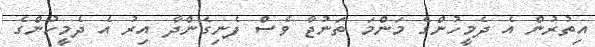
އިތުރުން އެ ދެމީހުންގެ މަންމަ ތަނުޖާ ވެސް ފެނިގެންދާ އިރު އެ ދެމީހުންގެ